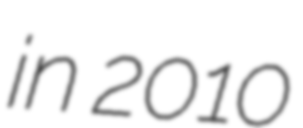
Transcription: in 2010